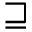
\sqsupseteq